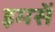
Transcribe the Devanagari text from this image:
इमसें